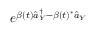
e ^ { \beta ( t ) \hat { a } _ { Y } ^ { \dag } - \beta ( t ) ^ { * } \hat { a } _ { Y } }